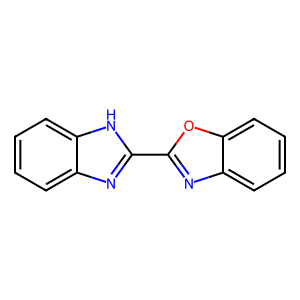
SMILES: c1ccc2[nH]c(-c3nc4ccccc4o3)nc2c1
Inhibits HIV replication: No